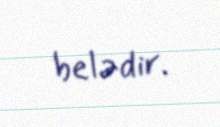
belədir.